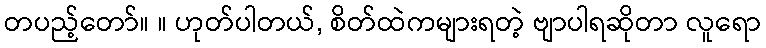
တပည့်တော်။ ။ ဟုတ်ပါတယ်, စိတ်ထဲကများရတဲ့ ဗျာပါရဆိုတာ လူရော